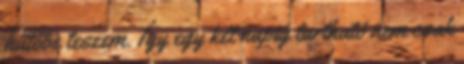
hűtőbe teszem. Így egy két napig tartható nem csak